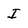
Character: I